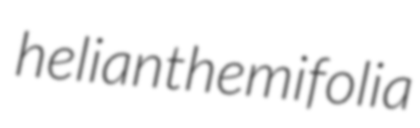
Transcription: helianthemifolia